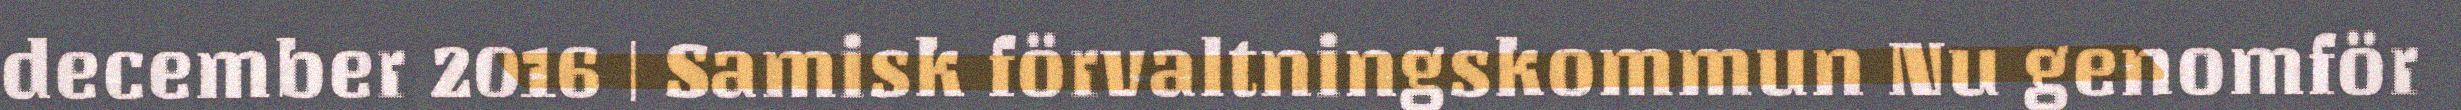
december 2016 | Samisk förvaltningskommun Nu genomför